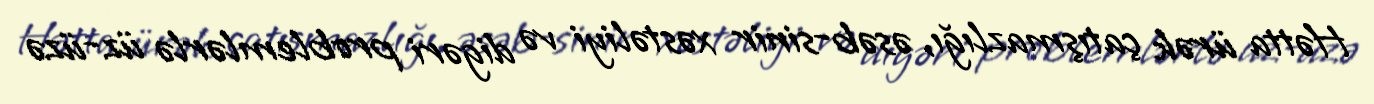
Hətta ürək çatışmazlığı, əsəb-sinir xəstəliyi və digəri problemlərlə üz-üzə